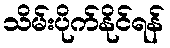
သိမ်းပိုက်နိုင်ရန်